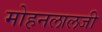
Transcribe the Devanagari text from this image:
मोहनलालजी